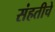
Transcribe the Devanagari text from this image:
संहतीचे